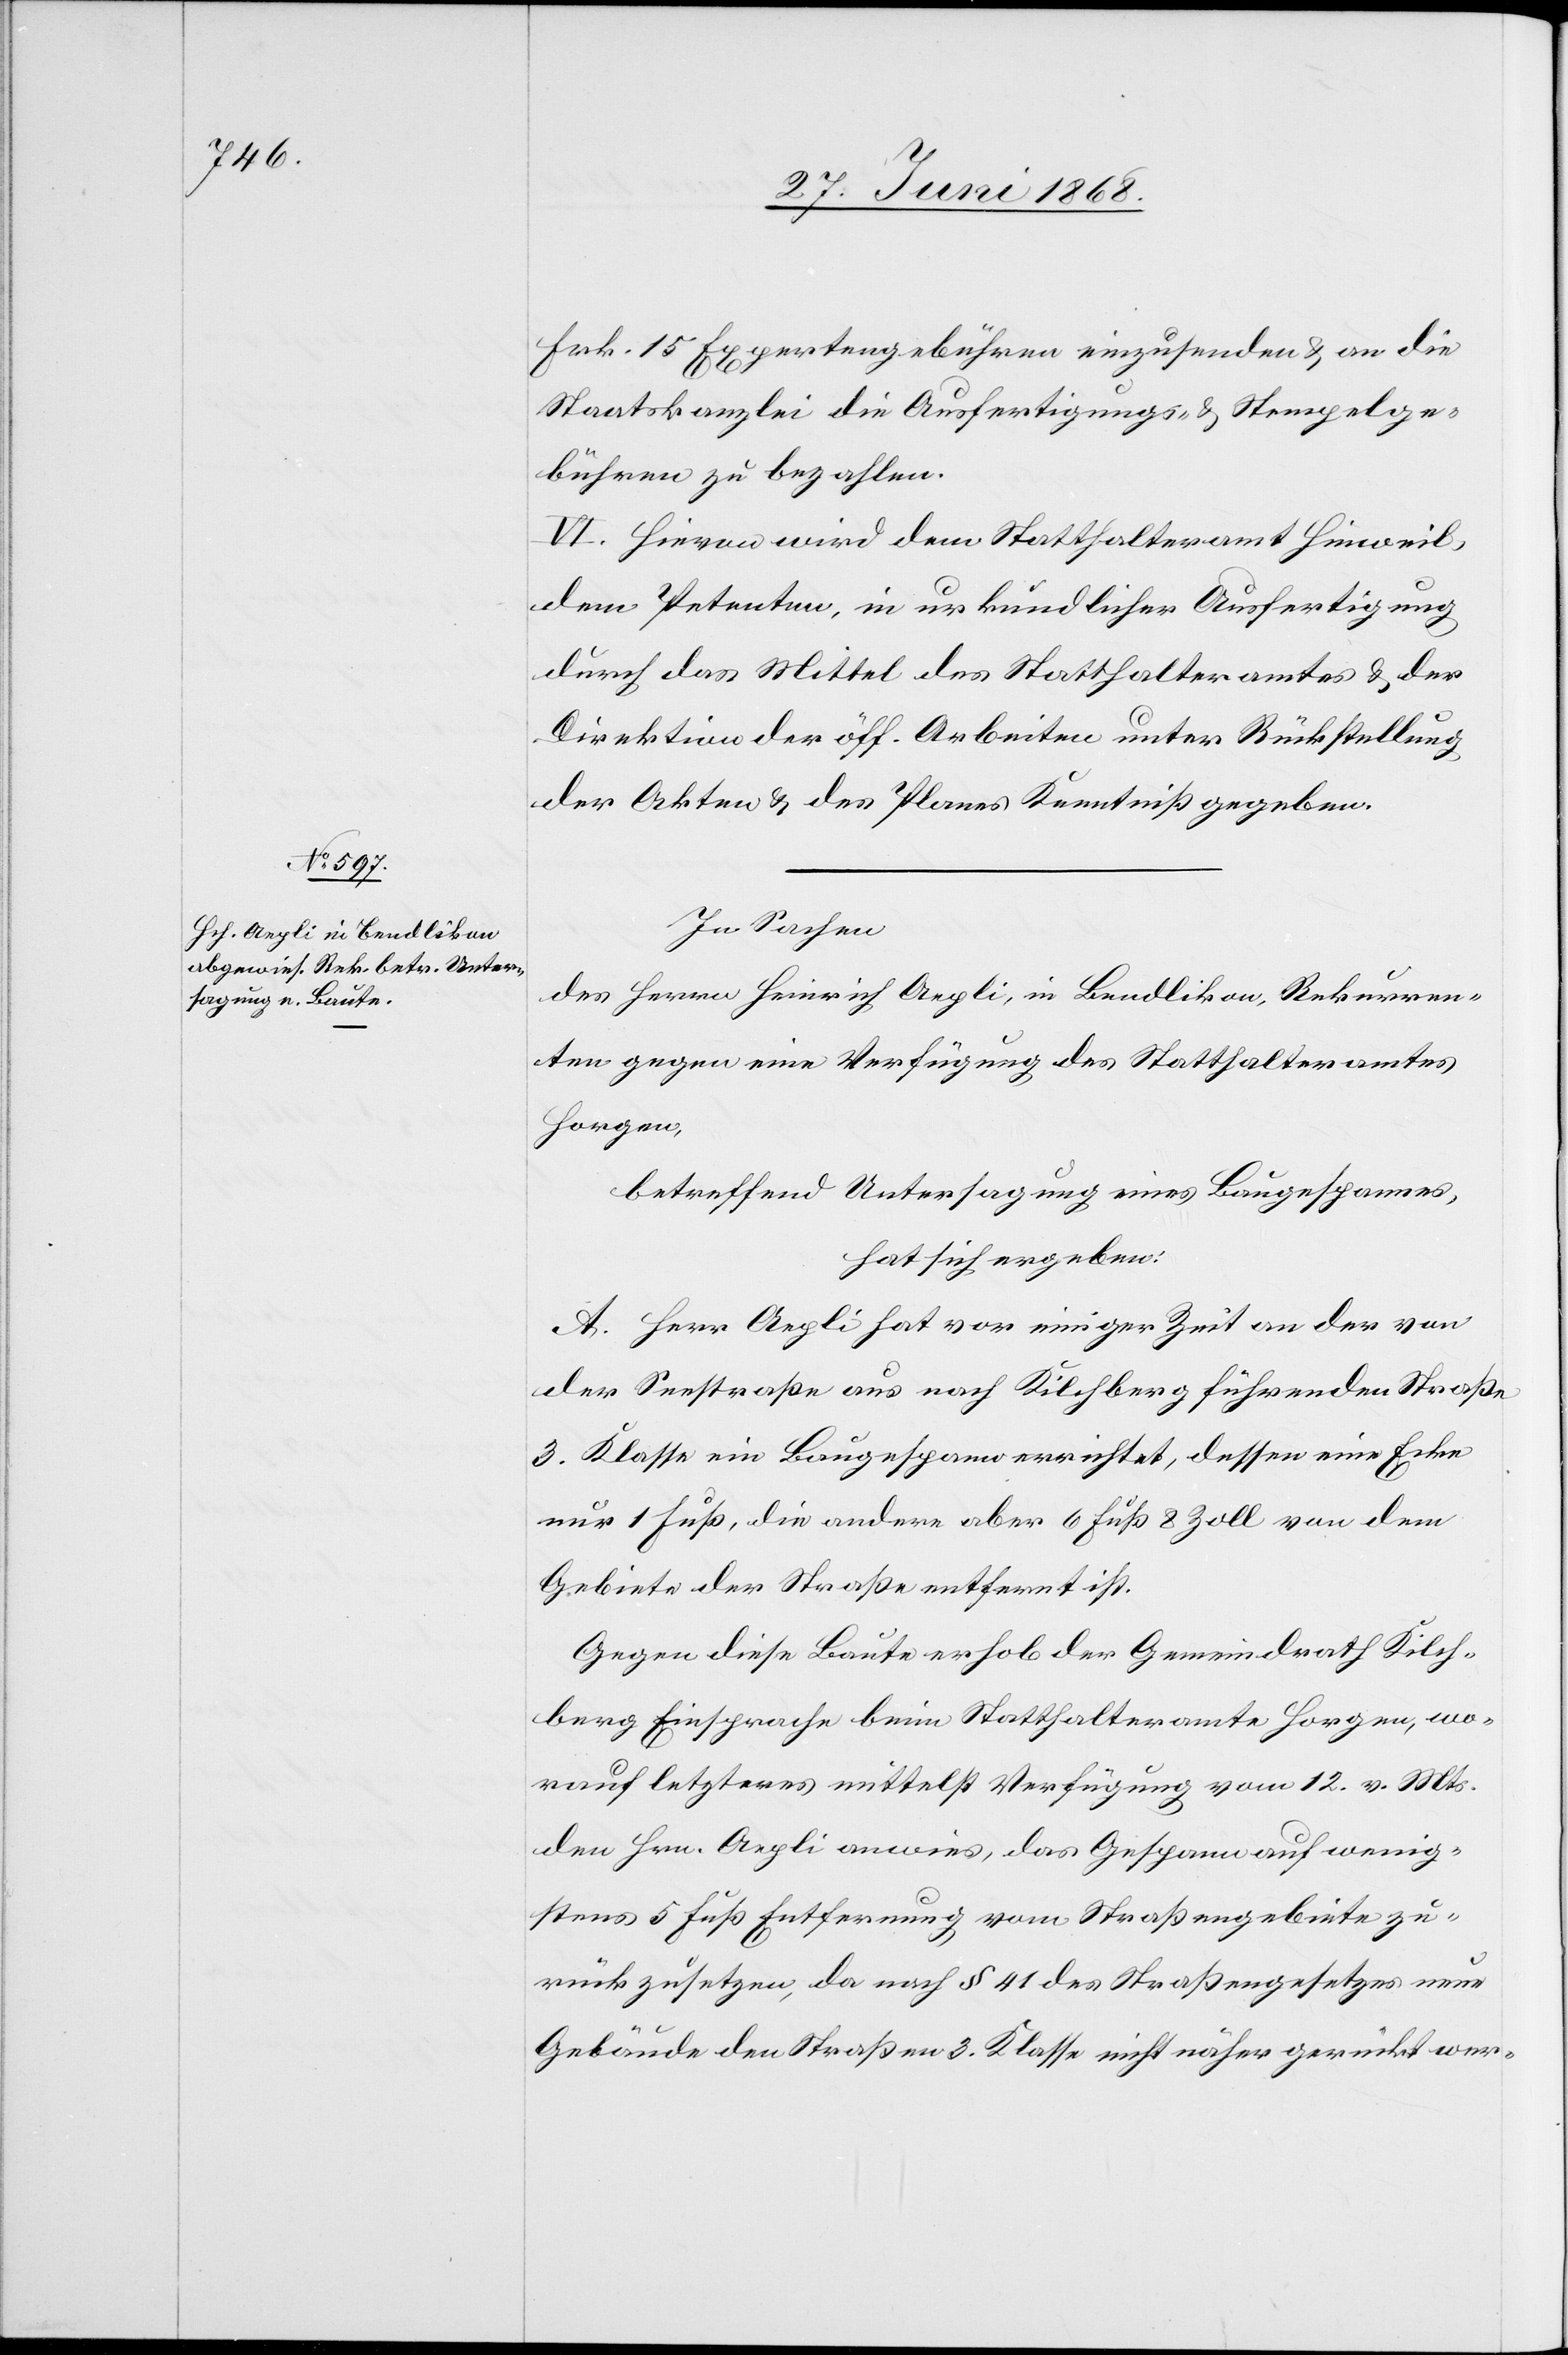
Frk. 15 Expertengebühren einzusenden & an die
Staatskanzlei die Ausfertigungs- & Stempelge¬
bühren zu bezahlen.
VI. Hievon wird dem Statthalteramt Hinweil,
dem Petenten, in urkundlicher Ausfertigung
durch das Mittel des Statthalteramtes & der
Direktion der öff. Arbeiten unter Rückstellung
der Akten & des Planes Kenntniß gegeben.
In Sachen
des Herrn Heinrich Aepli, in Bendlikon, Rekurren¬
ten gegen eine Verfügung des Statthalteramtes
Horgen,
betreffend Untersagung eines Baugespannes,
hat sich ergeben:
A. Herr Aepli hat vor einiger Zeit an der von
der Seestraße aus nach Kilchberg führenden Straße
3. Klasse ein Baugespann errichtet, dessen eine Ecke
nur 1 Fuß, die andere aber 6 Fuß 8 Zoll von dem
Gebiete der Straße entfernt ist.
Gegen diese Baute erhob der Gemeindrath Kilch¬
berg Einsprache beim Statthalteramte Horgen, wo¬
rauf letzteres mittelst Verfügung vom 12. v. Mts.
den Hrn. Aepli anwies, das Gespann auf wenig¬
stens 5 Fuß Entfernung vom Straßengebiete zu¬
rückzusetzen, da nach § 41 des Straßengesetzes neue
Gebäude den Straßen 3. Klasse nicht näher gerückt wer-